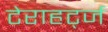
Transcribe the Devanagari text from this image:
टेराहर्ट्ज